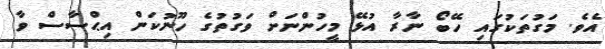
އެވެ. މަގުތަކުގައި ހޭބޯ ނާރާ އުޅޭ މީހުންނަށް ވަގުތުގެ ހޫނުކަން އިޙްސާސް ވާ